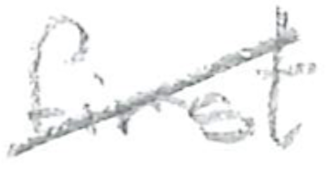
Text: first
Cross-out: mix
Writing tool: pencil